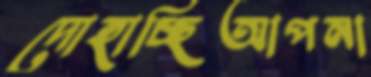
দোহাচ্ছিআপনা